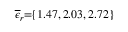
\! \! \! \! \! \! \! \! \! \overline { { \epsilon } } _ { r } \! \! = \! \! \{ 1 . 4 7 , 2 . 0 3 , 2 . 7 2 \} \! \! \!